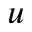
u